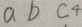
a b c ^ { 4 }